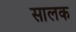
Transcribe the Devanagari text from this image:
सालक